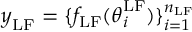
\boldsymbol { y } _ { \mathrm { L F } } = \{ f _ { \mathrm { L F } } ( \boldsymbol { \theta } _ { i } ^ { \mathrm { L F } } ) \} _ { i = 1 } ^ { n _ { \mathrm { L F } } }